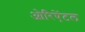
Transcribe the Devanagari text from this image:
ओरिऐंटल